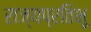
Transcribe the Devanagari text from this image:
राज्यप्रतिभू